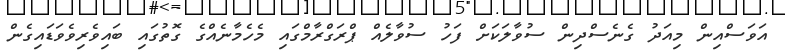
އަވަސްއިން މިއަދު ގެނެސްދިން ސުވާލަކަށް ފަހު ސުވާލެއް ޕްރަގްރާމްގައި މެހެމާނެއްގެ ގޮތުގައި ބައިވެރިވެވަޑައިގެން